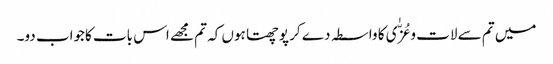
میں تم سے لات و عُزّٰی کا واسطہ دے کر پوچھتا ہوں کہ تم مجھے اس بات کاجواب دو۔